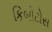
કિબોટોસ